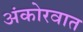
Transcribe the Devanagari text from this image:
अंकोरवात